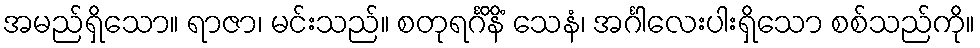
အမည်ရှိသော။ ရာဇာ၊ မင်းသည်။ စတုရင်္ဂိနိံ သေနံ၊ အင်္ဂါလေးပါးရှိသော စစ်သည်ကို။